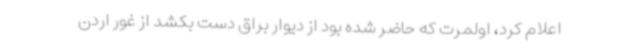
اعلام کرد، اولمرت که حاضر شده بود از دیوار براق دست بکشد از غور اردن